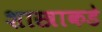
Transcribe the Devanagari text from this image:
शास्त्राकडे